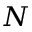
N